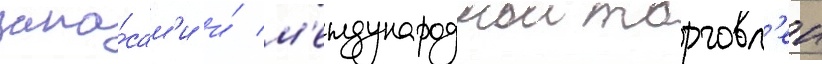
запа́сам'и и́ м'еждународнои торговл'еи